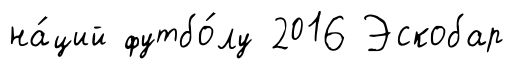
на́ций футбо́лу 2016 Эскобар